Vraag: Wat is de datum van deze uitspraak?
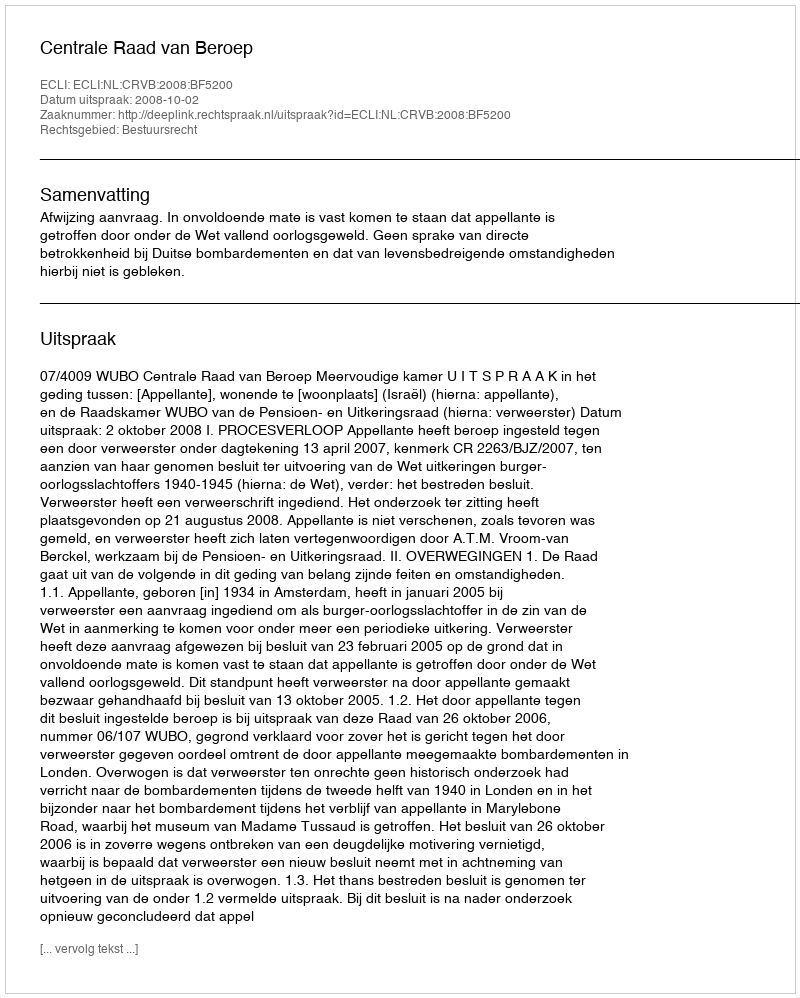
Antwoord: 2008-10-02